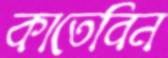
কাতেবিন